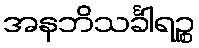
အနဘိသင်္ခါရဉ္စ